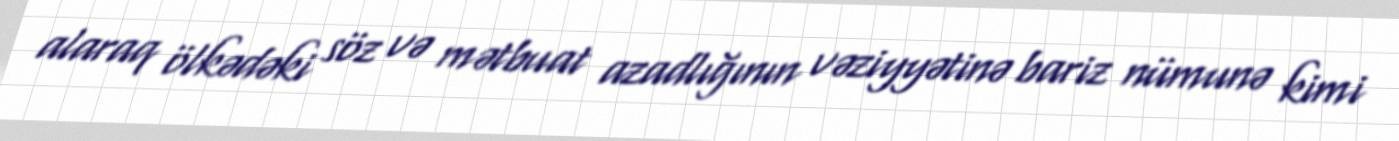
alaraq ölkədəki söz və mətbuat azadlığının vəziyyətinə bariz nümunə kimi